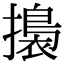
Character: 𢶑